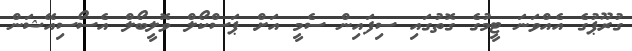
ގުރޫޕުގެ އެއްވަނަ ޓީމުގެ ގޮތުގައި ސިފައިން ސެމީ އަށް ޕަސްކޯލް ވޮލީބޯލް އެސޯސިއޭޝަން